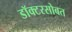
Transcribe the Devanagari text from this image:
डॉक्टरसोबत